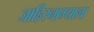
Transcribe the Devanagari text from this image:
जाहिरनाम्याला